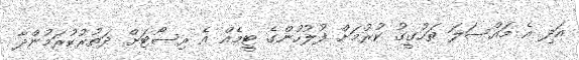
އަދި އެ މައްސަލަ ތަހުގީގު ކުރުމަށް ފުލުހުންގެ ޓީމެއް އެ ރިސޯޓަށް ދަތުރުކުރަމުންދާ